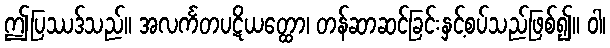
ဤပြဿဒ်သည်။ အလင်္ကတပဋိယတ္ထော၊ တန်ဆာဆင်ခြင်းနှင့်စပ်သည်ဖြစ်၍။ ဝါ၊